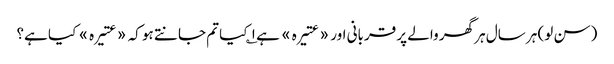
(سن لو) ہر سال ہر گھر والے پر قربانی اور «عتیرہ» ہے ۱؎ کیا تم جانتے ہو کہ «عتیرہ» کیا ہے؟